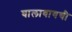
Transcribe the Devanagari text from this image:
घालावायची